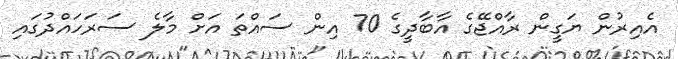
އެއިރުން ޔަގީން ރާއްޖޭގެ އާބާދީގެ 70 އިން ސައްތަ އަށް މާލެ ސަރަހައްދުގައި